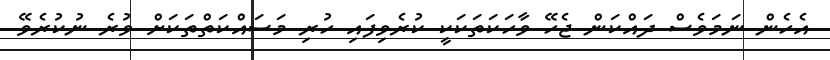
އެހެން ނަމަވެސް ދައްކަން ޖެހޭ ވާހަކަތަކަކީ ކުރެވިފައި ހުރި މަސައްކަތްތަކަށް ވުރެ ނުކުރެވޭ